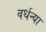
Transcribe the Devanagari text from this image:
वर्धन्या